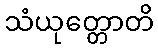
သံယုတ္တောတိ